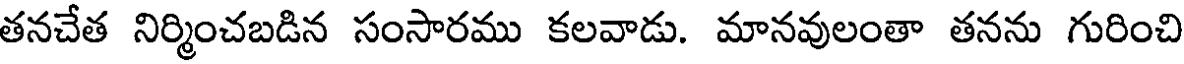
తనచేత నిర్మించబడిన సంసారము కలవాడు. మానవులంతా తనను గురించి